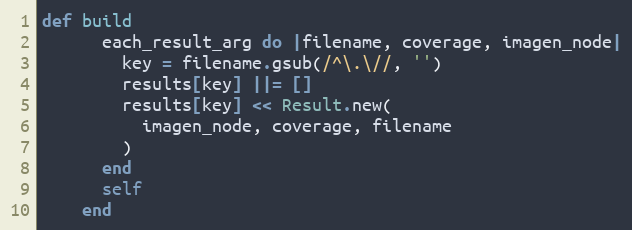
Language: Ruby
def build
      each_result_arg do |filename, coverage, imagen_node|
        key = filename.gsub(/^\.\//, '')
        results[key] ||= []
        results[key] << Result.new(
          imagen_node, coverage, filename
        )
      end
      self
    end